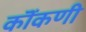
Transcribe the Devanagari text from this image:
कॊंकणी